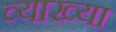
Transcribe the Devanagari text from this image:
व्याख्‍या